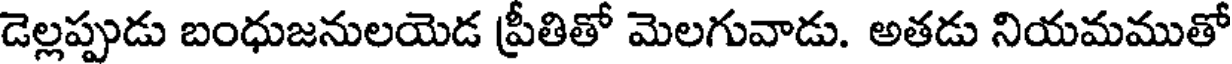
డెల్లప్పుడు బంధుజనులయెడ ప్రీతితో మెలగువాడు. అతడు నియమముతో